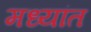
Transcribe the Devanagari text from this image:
मध्यांत